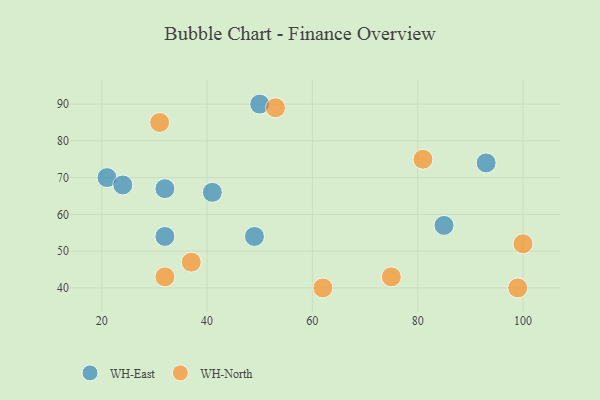
{"axis": {"x": "GDP", "y": "Life Expectancy"}, "legend": ["WH-East", "WH-North"], "data": [{"x": "21", "y": 70, "type": "WH-East"}, {"x": "50", "y": 90, "type": "WH-East"}, {"x": "32", "y": 67, "type": "WH-East"}, {"x": "93", "y": 74, "type": "WH-East"}, {"x": "41", "y": 66, "type": "WH-East"}, {"x": "32", "y": 54, "type": "WH-East"}, {"x": "24", "y": 68, "type": "WH-East"}, {"x": "49", "y": 54, "type": "WH-East"}, {"x": "85", "y": 57, "type": "WH-East"}, {"x": "99", "y": 40, "type": "WH-North"}, {"x": "37", "y": 47, "type": "WH-North"}, {"x": "53", "y": 89, "type": "WH-North"}, {"x": "81", "y": 75, "type": "WH-North"}, {"x": "31", "y": 85, "type": "WH-North"}, {"x": "100", "y": 52, "type": "WH-North"}, {"x": "32", "y": 43, "type": "WH-North"}, {"x": "62", "y": 40, "type": "WH-North"}, {"x": "75", "y": 43, "type": "WH-North"}]}